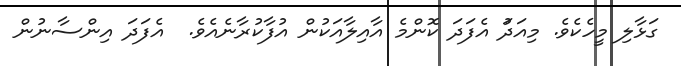
ގަޅާލި މީހެކެވެ. މިއަދަު އެފަދަ ކޮންމެ އާއިލާއަކުން އުފާކުރާނެއެވެ.  އެފަދަ އިންސާނުން